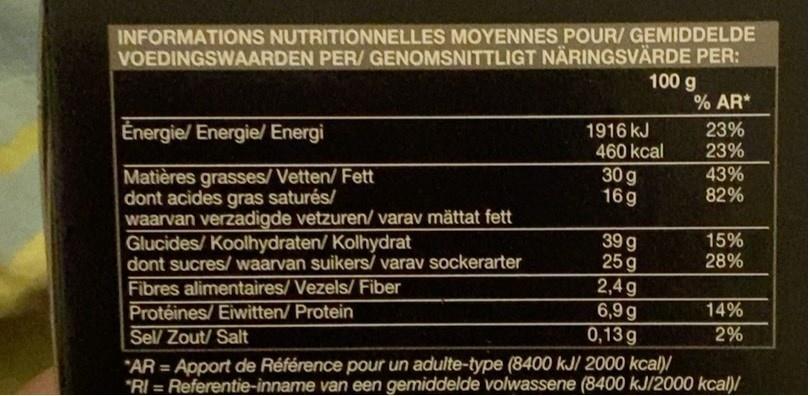
INFORMATIONS NUTRITIONNELLES MOYENNES POUR/ GEMIDDELDE VOEDINGSWAARDEN PER/ GENOMSNITTLIGT NÄRINGSVÄRDE PER: 100 g % AR*
Energie/ Energie/ Energi
23% 23%
1916 kJ
460 kcal
Matières grasses/Vetten/ Fett dont acides gras saturés/ waarvan verzadigde vetzuren/ varav mättat fett Glucides/ Koolhydraten/ Kolhydrat dont sucres/ waarvan suikers/ varav sockerarter
30 g 16 g
43% 82%
39 g 25 g 2,4g 6,9g 0,13 g
15% 28%
Fibres alimentaires/ Vezels/ Fiber Protéines/ Eiwitten/ Protein Sel/ Zout/ Salt
14%
2%
*AR = Apport de Référence pour un adulte-type (8400 kJ/ 2000 kcal)/ "RI = Referentie-inname van een gemiddelde volwassene (8400 kJ/2000 kcal)/
%3D
%3D